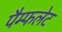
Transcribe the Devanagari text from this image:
पैम्‍फलेट